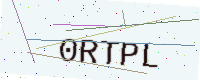
Text: 0RTPL